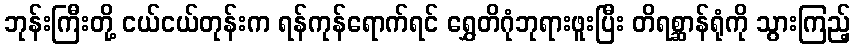
ဘုန်းကြီးတို့ ငယ်ငယ်တုန်းက ရန်ကုန်ရောက်ရင် ရွှေတိဂုံဘုရားဖူးပြီး တိရစ္ဆာန်ရုံကို သွားကြည့်